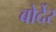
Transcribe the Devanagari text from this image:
बोर्देर